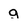
Character: g